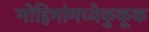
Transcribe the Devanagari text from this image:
मोहिमांमध्येकुकूक